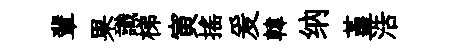
輩果識梯寅揺爰韓纳堇浩